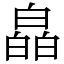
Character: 皛